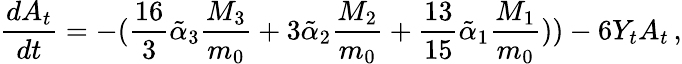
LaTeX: \frac{dA_{t}}{dt}=-(\frac{16}{3}\tilde{\alpha}_{3}\frac{M_{3}}{m_{0}}+3\tilde{\alpha}_{2}\frac{M_{2}}{m_{0}}+\frac{13}{15}\tilde{\alpha}_{1}\frac{M_{1}}{m_{0}}))-6Y_{t}A_{t}\, ,